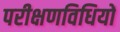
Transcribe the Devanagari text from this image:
परीक्षणविधियों